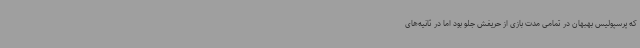
که پرسپولیس بهبهان در تمامی مدت بازی از حریفش جلو بود اما در ثانیه‌های